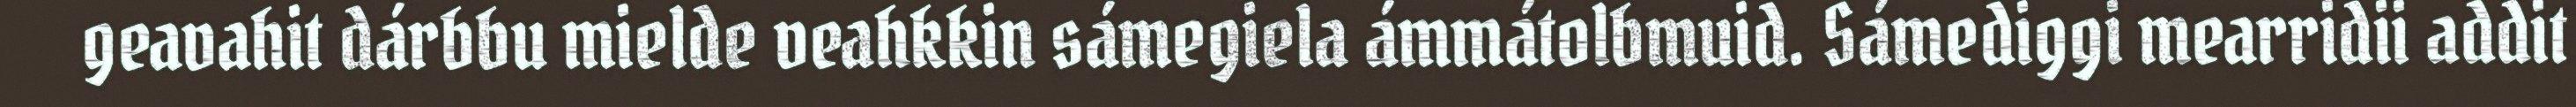
geavahit dárbbu mielde veahkkin sámegiela ámmátolbmuid. Sámediggi mearridii addit